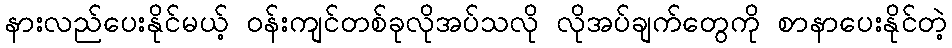
နားလည်ပေးနိုင်မယ့် ဝန်းကျင်တစ်ခုလိုအပ်သလို လိုအပ်ချက်တွေကို စာနာပေးနိုင်တဲ့